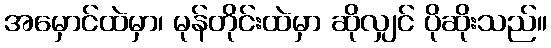
အမှောင်ထဲမှာ၊ မုန်တိုင်းထဲမှာ ဆိုလျှင် ပိုဆိုးသည်။